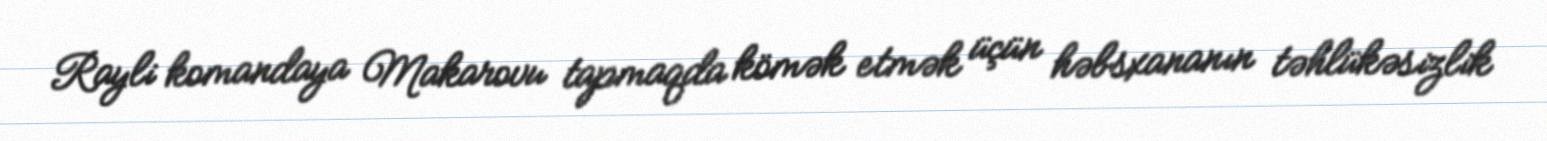
Rayli komandaya Makarovu tapmaqda kömək etmək üçün həbsxananın təhlükəsizlik